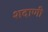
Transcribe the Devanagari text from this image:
शदाणी